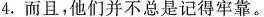
4.而且，他们并不总是记得牢靠。